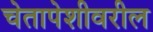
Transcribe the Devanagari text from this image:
चेतापेशीवरील